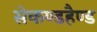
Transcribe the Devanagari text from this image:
सेकण्डहैण्ड